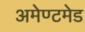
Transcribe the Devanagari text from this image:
अमेण्टमेड